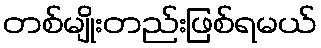
တစ်မျိုးတည်းဖြစ်ရမယ်